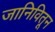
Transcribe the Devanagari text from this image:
जानिवितून